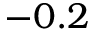
- 0 . 2